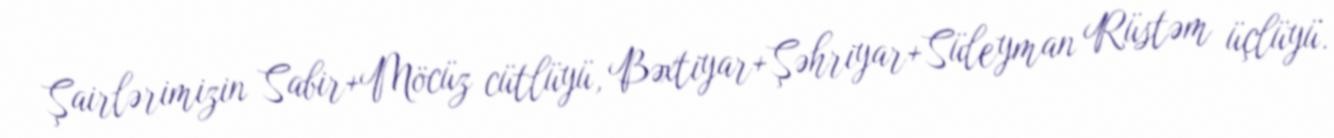
Şairlərimizin Sabir+Möcüz cütlüyü, Bəxtiyar+Şəhriyar+Süleyman Rüstəm üçlüyü.